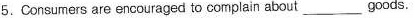
5.Consumers are encouraged to complain about___goods.